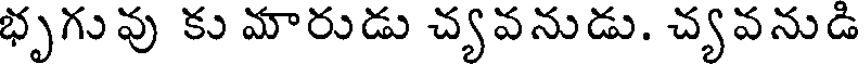
భృగువు కు మారుడు చ్యవనుడు. చ్యవనుడి